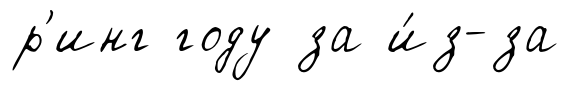
р'инг году за и́з-за